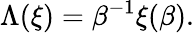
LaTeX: \Lambda(\xi)=\beta^{-1}\xi(\beta).